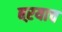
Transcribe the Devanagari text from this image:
बऱयाच